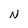
Character: N